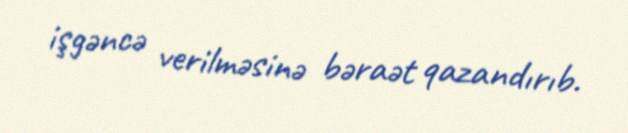
işgəncə verilməsinə bəraət qazandırıb.